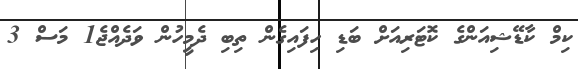
ކިމް ކާޑޭޝިއަންގެ ކޮޓަރިއަށް ބަޑި ހިފައިގެން ތިބި ދެމީހުން ވަދެއްޖެ1 މަސް 3